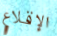
الإقلاع